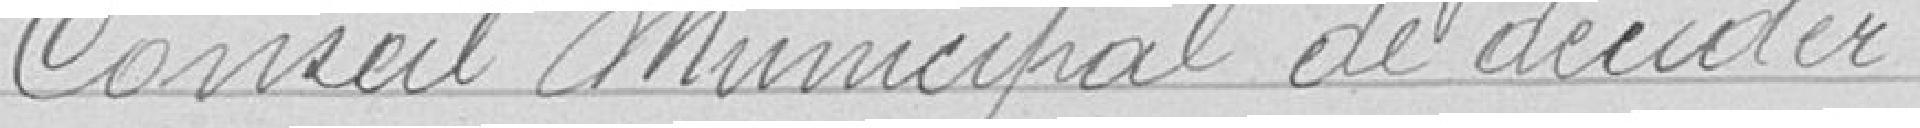
Conseil Municipal de décider :